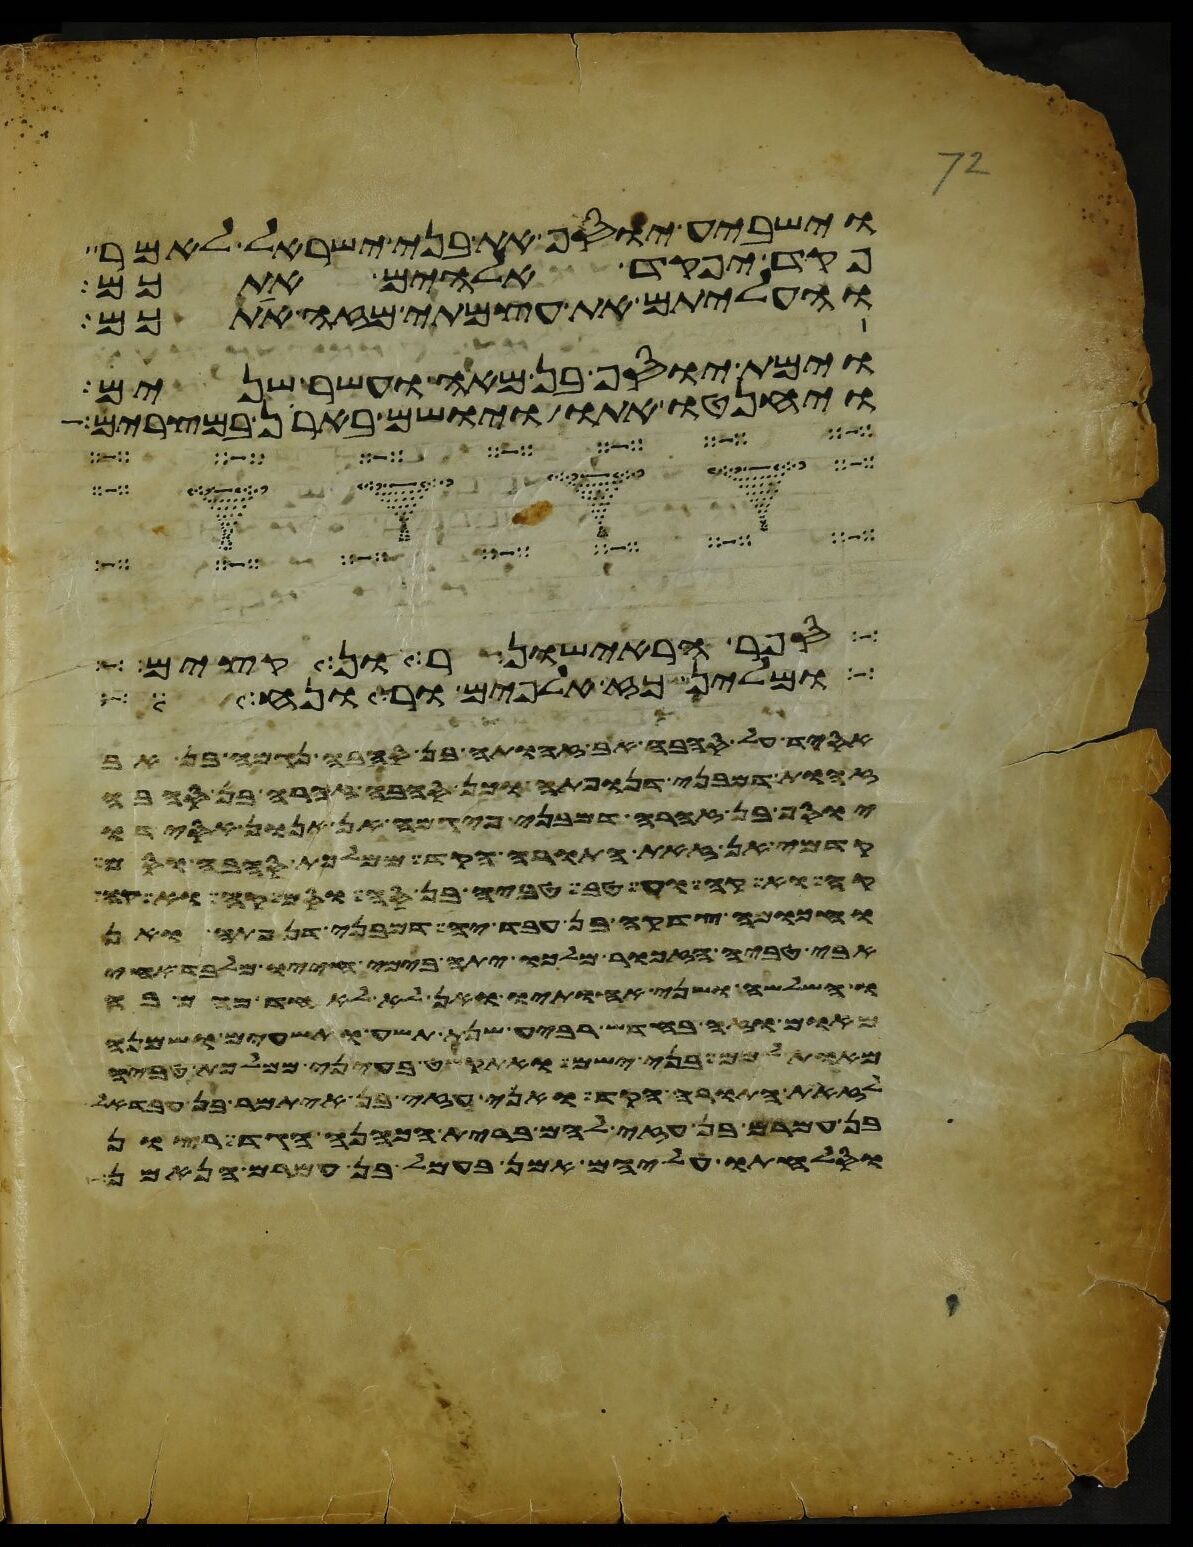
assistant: וישביע יוסף את בני ישראל לאמר
פקד יפקד אלהים אתכם
והעליתם את עצמתי מזה אתכם
וימת יוסף בן מאה ועשר שנים
ויחנטו אתו ויושם בארן במצרים
ברית ראישונים אשר הוצאתי
ויזכר אלהים את נח ואת
אל המדבר והנה כבוד יהוה נראה בענן וידבר
התבה מפני מי המבול מן הבהמה הטהרה ומן הבהמה
יוסף בן שבע עשרה שנה היה רעה את אחיו
דמיה זאת תורת הילדת לזכר ולנקבה ואם
הוא היה אבי ישב אהל ומקנה ושם אחיו
ומשה בן שמנים שנה ואהרן
וקרא בה כל ימי חייו למען ילמד ליראה
לו ושב לאחזתו ואם לא מצא ידו
וימת ויחי נחור תשע ושבעים שנה
את אבני השהם ואת אבני המלאים
לא היו להם ויכהן אלעזר ואיתמר על
את החמרים לצבעון אביו ואלה בני ענה דישון
וישלח מלאכים אל בלעם בן בעור פתרה